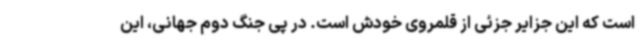
است که این جزایر جزئی از قلمروی خودش است. در پی جنگ دوم جهانی، این